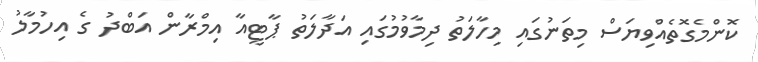
ކޮންމެގޮތެއްވިޔަސް މިތަނުގައި މިހާލަތު ދިމާވުމުގައި އަދާލަތު ޕާޓީއާ އިމްރާން އަބްދު ގެ އިހުމާލު